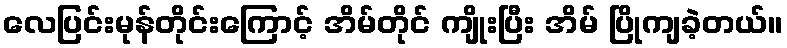
လေပြင်းမုန်တိုင်းကြောင့် အိမ်တိုင် ကျိုးပြီး အိမ် ပြိုကျခဲ့တယ်။